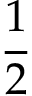
\frac { 1 } { 2 }